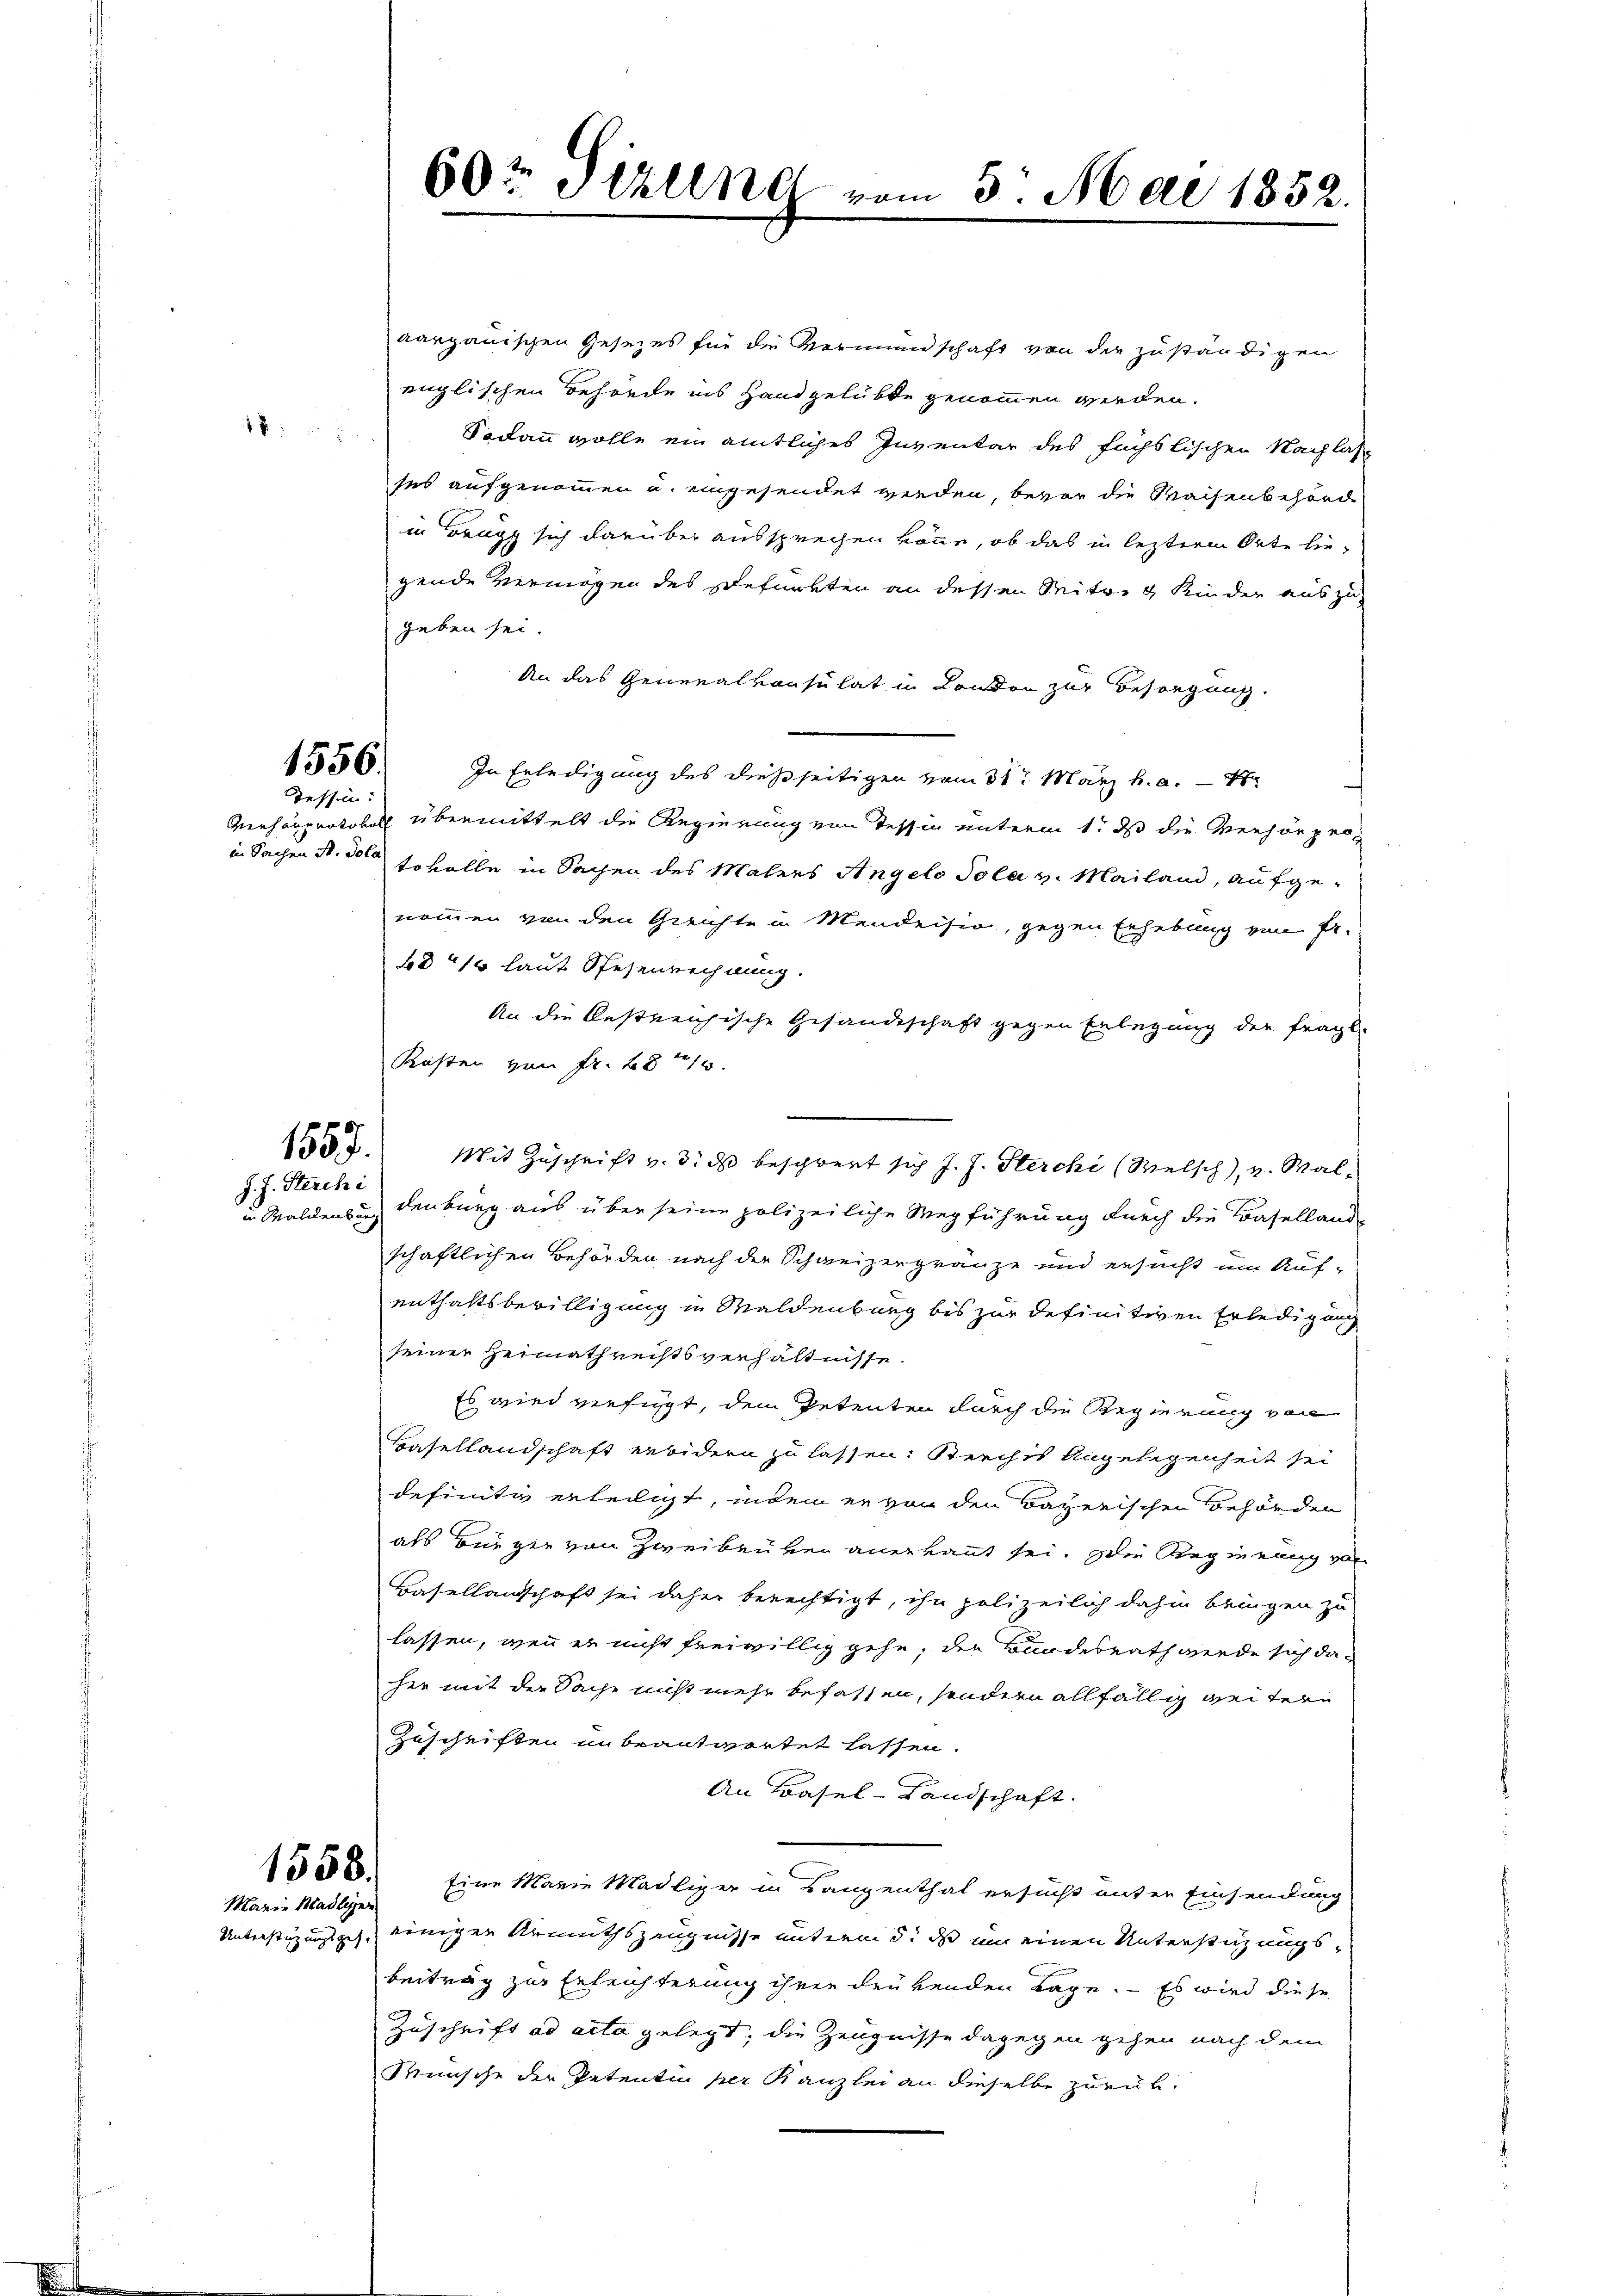
88

1556.
Tessin:

1557.
J. J. Sterchi

aargauischen Gesezes für die Vermundschaft von der zuständigen
englischen Behörde ins Handgelübte genommen werden.
Sodann wolle ein amtliches Inventar des Füchslischen Nachlas
ses aufgenommen u. eingesendet werden, bevor die Waisenbehörde
in Brugg sich darüber aussprechen könne, ob das in lezterm Orte liegende Vermögen des Befunkten an dessen Seitzig Kinder auszugeben sei.
An das Generalvonsulat in London zur Besorgung.
In Erledigung des dießseitigen vom 31. März h. a. d
Verhörprotokoll übermittelt die Regierung von Tessin unterm 1. ds die Verhörper
in Sachen S. 300 Sokolle in Sachen des Malers Angelo Polai v. Mailand, aufge-
nommen von den Gerichte in Mendeisin, gegen Erhebung von Fr.
bd 110 laut Spesenrechnung.
An die bestreichische Gesandeschaft gegen Erlegung der fragl.
Kosten von Fr. 2840.
Mit Zuschrift v. 3. ds beschwert sich J. J. Sterchi (Welsch), v. Walin Waldenburg denburg aus über seine polizeiliche Wegführung durch die Baselland-
schaftlichen Behörden nach der Schweizergränze und ersucht um Auf-
enthaltsbewilligung in Waldenburg bis zur definitiven Erledigung
seiner Heimathrechtsverhältnisse.
Es wird verfügt, dem Petenten durch die Regierung von
Basellandschaft erwidern zu lassen: Berchis Angelegenheit sei
definitiv erteiligt, indem er von den Bayerischen Behörden
als Bürger von Zweibeuven anerkannt sei. Die Regierung von
Basellandschaft sei daher berechtigt, ihn polizeilich dahin bringen zu
lassen, wenn er nicht freiwillig gehe, den Bundesrath werde sich daher mit der Sache nicht mehr befassen, sondern allfällig weitern
Zuschriften unbeantwortet lassen.
An Basel-Landschaft.
1500. Eine Marie Madliger in Bangenthal ersucht unter Einsendung
Unterstüzungsges. einiger Armuthszeugnisse unterm 5. ds um einen Unterstüzungsbeitrag zur Erleichterung ihrer drükenden Tage. — Es wird diese
Zuschrift ad acta gelegt, die Zeugnisse dagegen gehen nach dem
Münsche der Petenten per Kanzlei an dieselbe zurück.

Marie Hadliger

60t Sizung vom 5. Mai 1852.